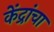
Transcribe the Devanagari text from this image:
केंद्रांचा